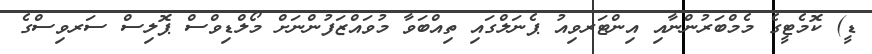
ޑީ) ކޮމެޓީގެ މެމްބަރުންނާއި އިންޓަރވިއު ޕެނަލްގައި ތިއްބަވާ މުވައްޒަފުންނަށް މޯލްޑިވްސް ޕޮލިސް ސަރވިސްގެ